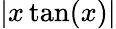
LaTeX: |x\tan(x)|